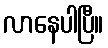
လာနေပါပြီ။